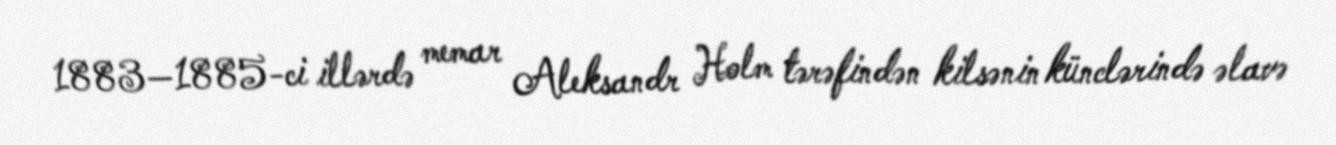
1883—1885-ci illərdə memar Aleksandr Holm tərəfindən kilsənin künclərində əlavə